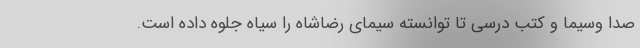
صدا وسیما و کتب درسی تا توانسته سیمای رضاشاه را سیاه جلوه داده است.